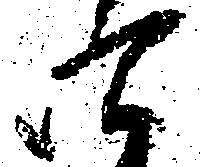
四